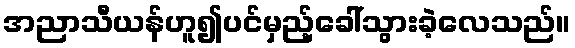
အညာသီယန်ဟူ၍ပင်မှည့်ခေါ်သွားခဲ့လေသည်။